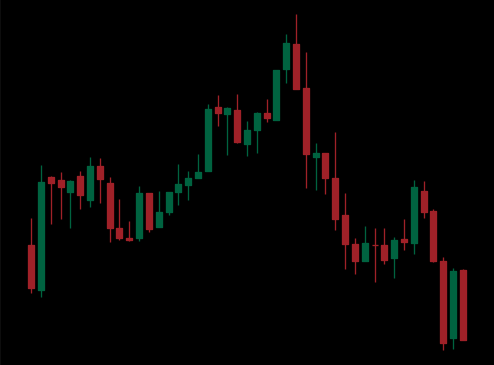
Pattern: head_shoulders